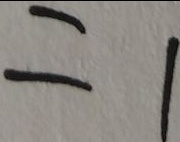
= 1